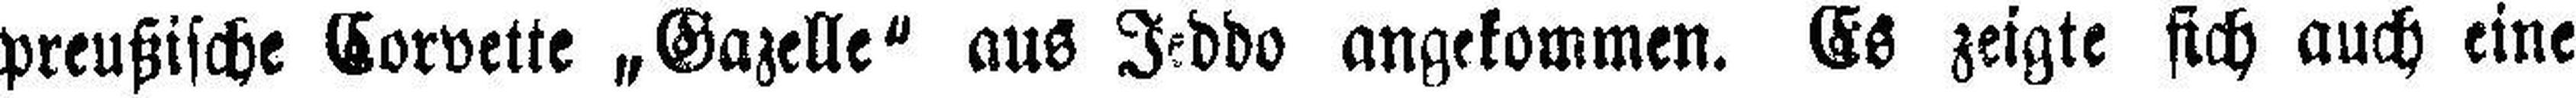
preußische Corvette „Gazelle“ aus Jeddo angekommen. Es zeigte sich auch eine